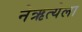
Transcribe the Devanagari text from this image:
नेऋत्येला